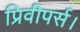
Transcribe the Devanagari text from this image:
प्रिवीपर्स।